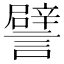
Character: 譬